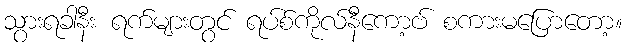
သွားရခါနီး ရက်များတွင် ရပ်စ်ကိုလ်နီကော့ဗ် စကားမပြောတော့။